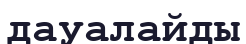
дауалайды